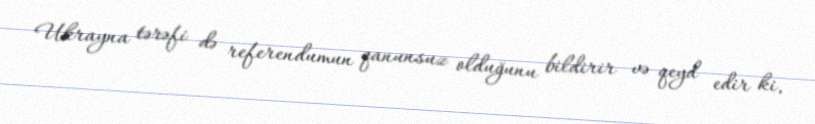
Ukrayna tərəfi də referendumun qanunsuz olduğunu bildirir və qeyd edir ki,